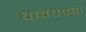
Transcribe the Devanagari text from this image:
घाबरायचा